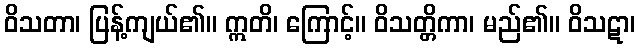
ဝိသတာ၊ ပြန့်ကျယ်၏။ ဣတိ၊ ကြောင့်။ ဝိသတ္တိကာ၊ မည်၏။ ဝိသဋာ၊